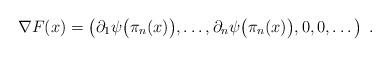
LaTeX: \begin{align*} \nabla F(x)=\left(\partial_1\psi\big(\pi_n(x)\big),\dots,\partial_n\psi\big(\pi_n(x)\big),0,0,\dots\right)\;.\end{align*}